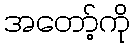
အတော့်ကို